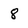
Character: 8